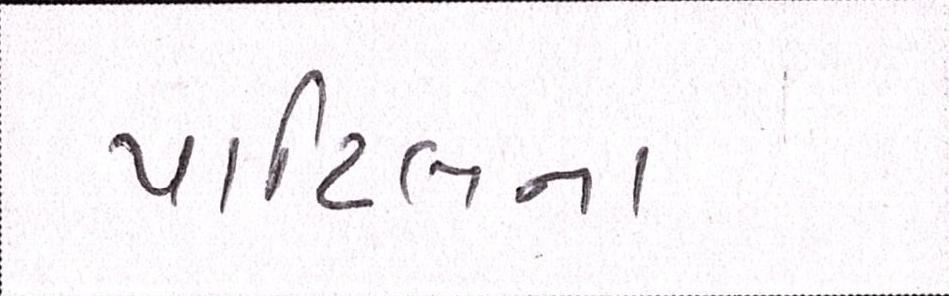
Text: પાટિલના